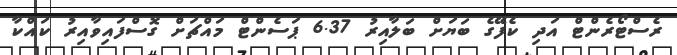
ރެސްޓޯރެންޓް އަދި ކެފޭގެ ބަޔަށް ބަލާއިރު 6.37 ޕަސެންޓް މައްޗަށް ގޮސްފައިވާއިރު ކައްކާ